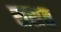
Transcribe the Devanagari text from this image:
ससत